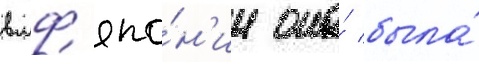
вмф япо́н'ии она́ была́